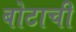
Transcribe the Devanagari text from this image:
बोटाची